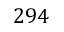
2 9 4